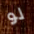
لو